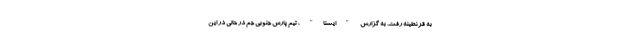
به قرنطینه رفت. به گزارش "ایسنا"، تیم پارس جنوبی جم در حالی در این